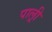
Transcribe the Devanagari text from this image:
पाल्र्री